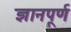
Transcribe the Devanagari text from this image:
ज्ञानपूर्ण